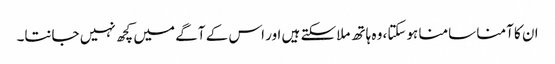
ان کا آمنا سامنا ہوسکتا، وہ ہاتھ ملاسکتے ہیں اور اس کے آگے میں کچھ نہیں جانتا۔